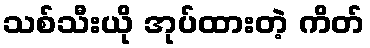
သစ်သီးယို အုပ်ထားတဲ့ ကိတ်